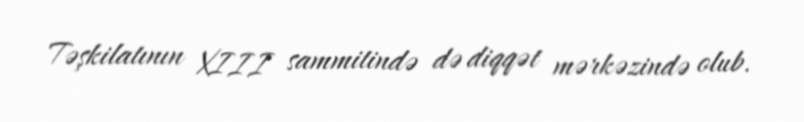
Təşkilatının XIII sammitində də diqqət mərkəzində olub.